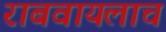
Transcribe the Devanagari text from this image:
राबवायलाच